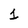
Character: 1